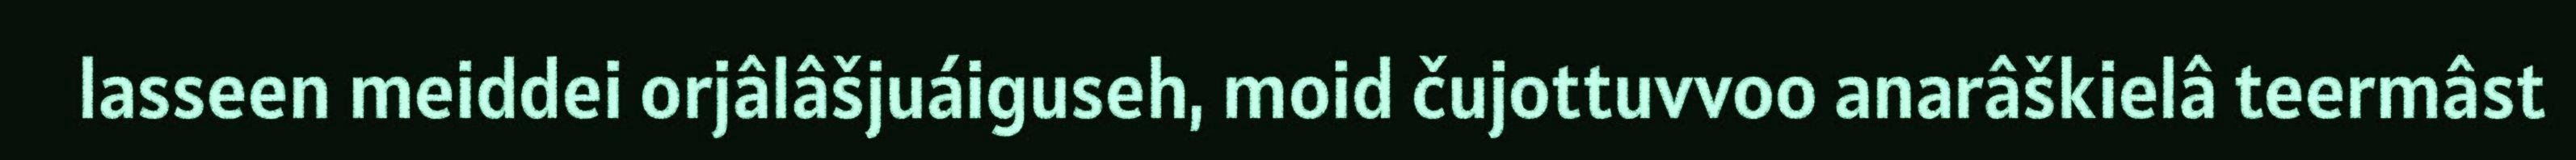
lasseen meiddei orjâlâšjuáiguseh, moid čujottuvvoo anarâškielâ teermâst